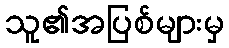
သူ၏အပြစ်များမှ